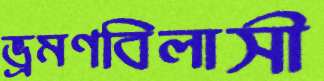
ভ্রমণবিলাসী